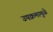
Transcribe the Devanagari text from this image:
उपक्रमामुळे